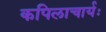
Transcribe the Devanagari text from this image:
कपिलाचार्यः